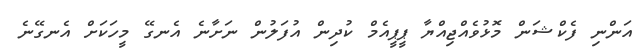
އަންނި ފެކްޝަން މޮޅުވެއްޖިއްޔާ ޕީޕީއެމް ކުދިން އުފަލުން ނަށާނެ އެނގޭ މީހަކަށް އެނގޭނެ